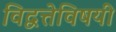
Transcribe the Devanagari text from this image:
विद्वत्तेविषयीं